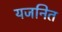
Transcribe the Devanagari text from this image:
यजनित